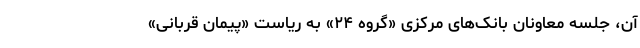
آن، جلسه معاونان بانک‌های مرکزی «گروه ۲۴» به ریاست «پیمان قربانی»